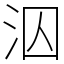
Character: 泅